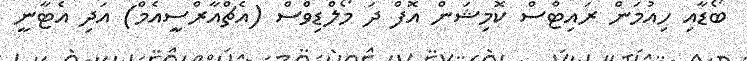
ބޯޑާއި ހިއުމަން ރައިޓްސް ކޮމިޝަން އޮފް ދަ މޯލްޑިވްސް (އެޗްއާރްސީއެމް) އަދި އެޓާނީ